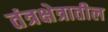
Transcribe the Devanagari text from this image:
तंत्रक्षेत्रातील